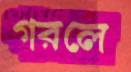
গরলে